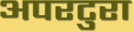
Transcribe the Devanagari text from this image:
अपरटुरा